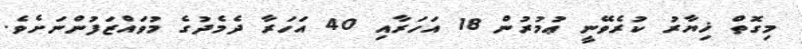
މިގޮތް ޚިޔާރު ކުރެވޭނީ ޢުމުރުން 18 އަހަރާއި 40 އަހަރާ ދެމެދުގެ މުވައްޒަފުންނަށެވެ.